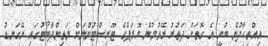
އިއްތިހާދުން ބުނީ އެ ގޮތަށް ދަތުރު ރޭވުމުން ޔޫރަޕްގެ ޓޫރިސްޓުންނަށް މަތިންދާބޯޓުގައި ރޭގަނޑު